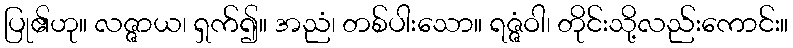
ပြု၏ဟု။ လဇ္ဇာယ၊ ရှက်၍။ အညံ၊ တစ်ပါးသော။ ရဇ္ဇံဝါ၊ တိုင်းသို့လည်းကောင်း။